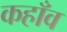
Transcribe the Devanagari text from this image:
कहाँव